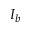
I _ { b }